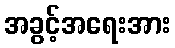
အခွင့်အရေးအား